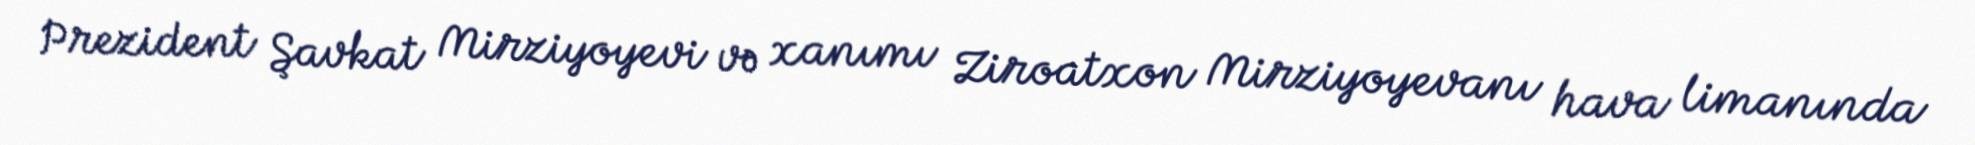
Prezident Şavkat Mirziyoyevi və xanımı Ziroatxon Mirziyoyevanı hava limanında